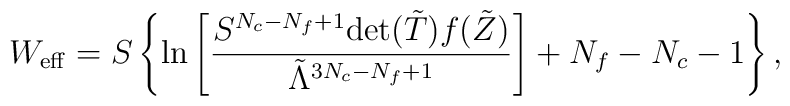
W_{\rm eff}=S \left\{ \ln\left[\frac{	S^{N_c-N_f+1}{\rm det}({\tilde T}) f({\tilde Z})}{	{\tilde \Lambda}^{3N_c-N_f+1}} \right] +N_f-N_c-1\right\},